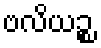
ဗလိယဉ္စ